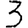
Digit: 3